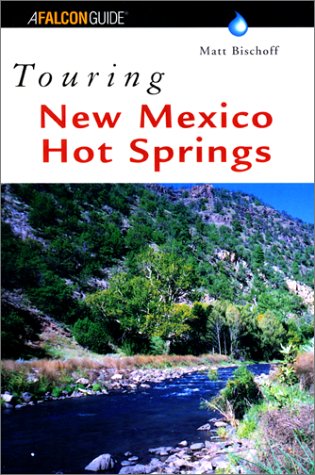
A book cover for Touring New Mexico Hot Springs (Touring Guides); Matt C. Bischoff; Travel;